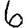
Digit: 6